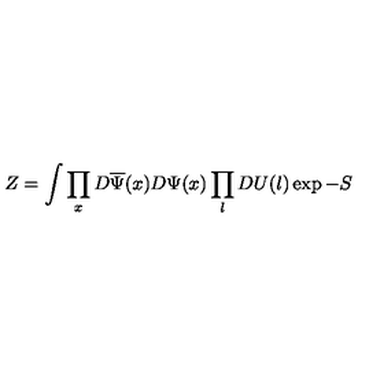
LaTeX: Z = \int \prod _ { x } D \overline { { \Psi } } ( x ) D \Psi ( x ) \prod _ { l } D U ( l ) \exp - S